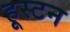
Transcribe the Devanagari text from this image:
हूस्टन